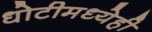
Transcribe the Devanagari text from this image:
धोटीमध्येही